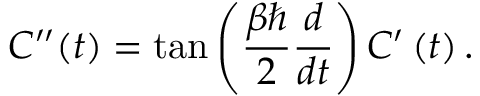
C ^ { \prime \prime } ( t ) = \tan \left( \frac { \beta \hbar } { 2 } \frac { d } { d t } \right) C ^ { \prime } \left( t \right) .